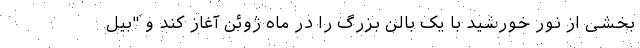
بخشی از نور خورشید با یک بالن بزرگ را در ماه ژوئن آغاز کند و "بیل